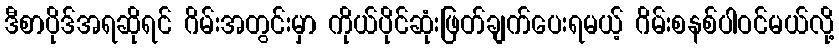
ဒီစာပိုဒ်အရဆိုရင် ဂိမ်းအတွင်းမှာ ကိုယ်ပိုင်ဆုံးဖြတ်ချက်ပေးရမယ့် ဂိမ်းစနစ်ပါဝင်မယ်လို့